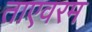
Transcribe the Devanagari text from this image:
ताएवरम